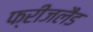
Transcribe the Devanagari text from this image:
फ्रीजलैंड